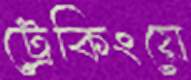
ট্রেকিংয়ে